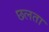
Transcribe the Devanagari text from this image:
छलता